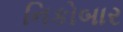
નિકોબાર